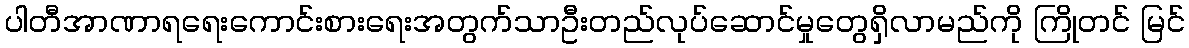
ပါတီအာဏာရရေးကောင်းစားရေးအတွက်သာဦးတည်လုပ်ဆောင်မှုတွေရှိလာမည်ကို ကြိုတင် မြင်